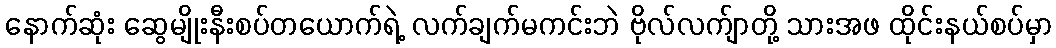
နောက်ဆုံး ဆွေမျိုးနီးစပ်တယောက်ရဲ့ လက်ချက်မကင်းဘဲ ဗိုလ်လက်ျာတို့ သားအဖ ထိုင်းနယ်စပ်မှာ